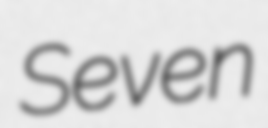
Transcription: Seven